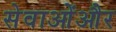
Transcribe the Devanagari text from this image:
सेवाओंऔर